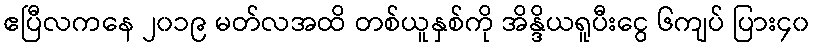
ဧပြီလကနေ ၂၀၁၉ မတ်လအထိ တစ်ယူနှစ်ကို အိန္ဒိယရူပီးငွေ ၆ကျပ် ပြား၄၀